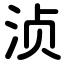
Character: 浈